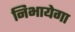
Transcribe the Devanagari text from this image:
निभायेगा